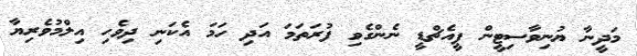
މަދީނާ ޔުނިވާސިޓީން ޕީއެޗްޑީ ނެންގެވި ފުރަތަމަ އަދި ހަމަ އެކަނި ދިވެހި އިލްމުވެރިޔާ